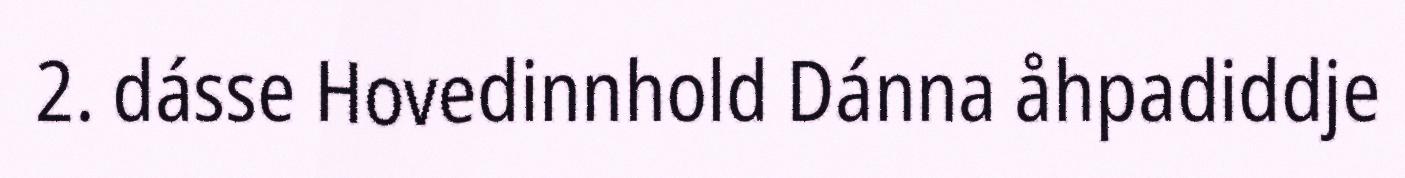
2. dásse Hovedinnhold Dánna åhpadiddje